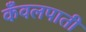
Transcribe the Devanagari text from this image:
कँवलपाती